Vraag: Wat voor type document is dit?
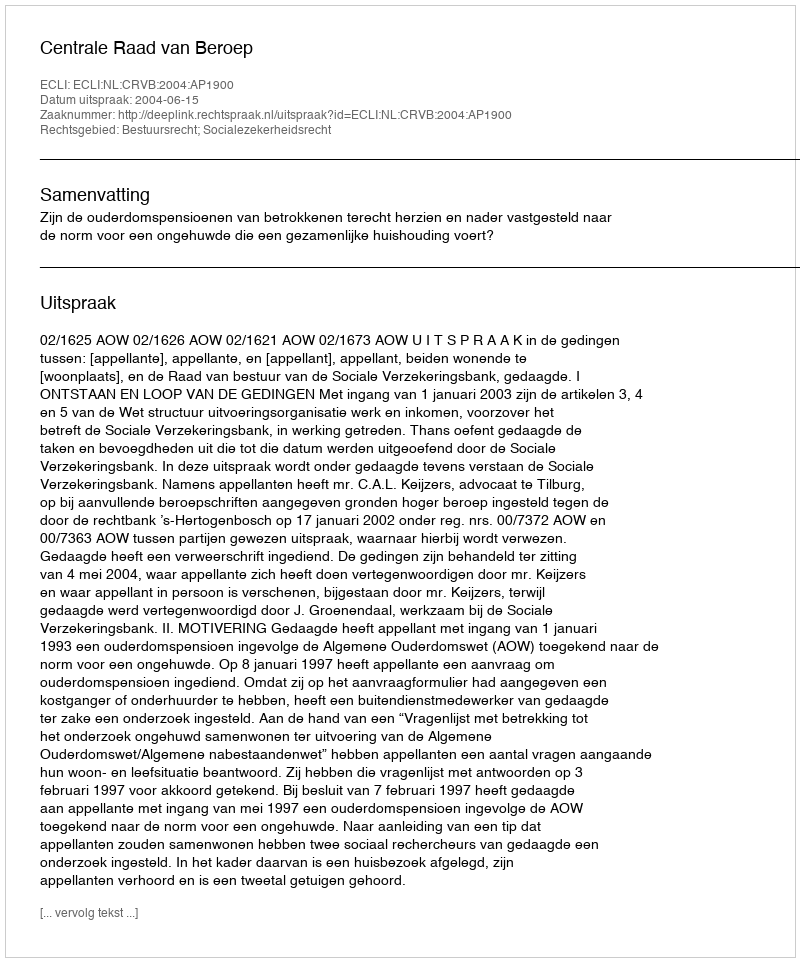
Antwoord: Uitspraak